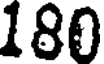
180